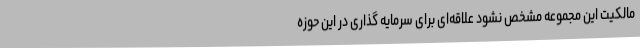
مالکیت این مجموعه مشخص نشود علاقه‌ای برای سرمایه گذاری در این حوزه